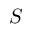
S